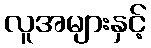
လူအများနှင့်